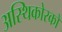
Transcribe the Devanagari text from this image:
अस्थिकोरकों